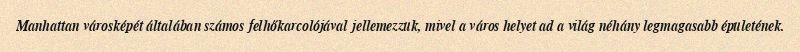
Manhattan városképét általában számos felhőkarcolójával jellemezzük, mivel a város helyet ad a világ néhány legmagasabb épületének.